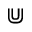
\Cup